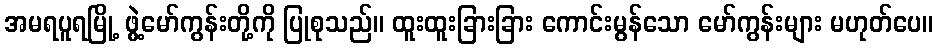
အမရပူရမြို့ ဖွဲ့မော်ကွန်းတို့ကို ပြုစုသည်။ ထူးထူးခြားခြား ကောင်းမွန်သော မော်ကွန်းများ မဟုတ်ပေ။